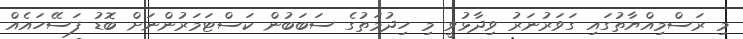
މި ރަސްމިއްޔާތުގައި ގަވަރުނަރު ވިދާޅުވީ މި ހިދުމަތުގެ ސަބަބުން ކަސްޓަމަރުންނަށް ބޮޑު ފަސޭހައެއް